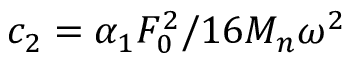
c _ { 2 } = \alpha _ { 1 } F _ { 0 } ^ { 2 } / 1 6 M _ { n } \omega ^ { 2 }